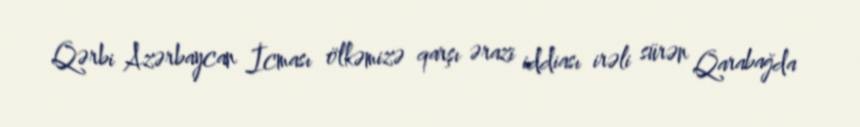
Qərbi Azərbaycan İcması ölkəmizə qarşı ərazi iddiası irəli sürən Qarabağda